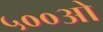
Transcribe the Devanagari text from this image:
५००ओ